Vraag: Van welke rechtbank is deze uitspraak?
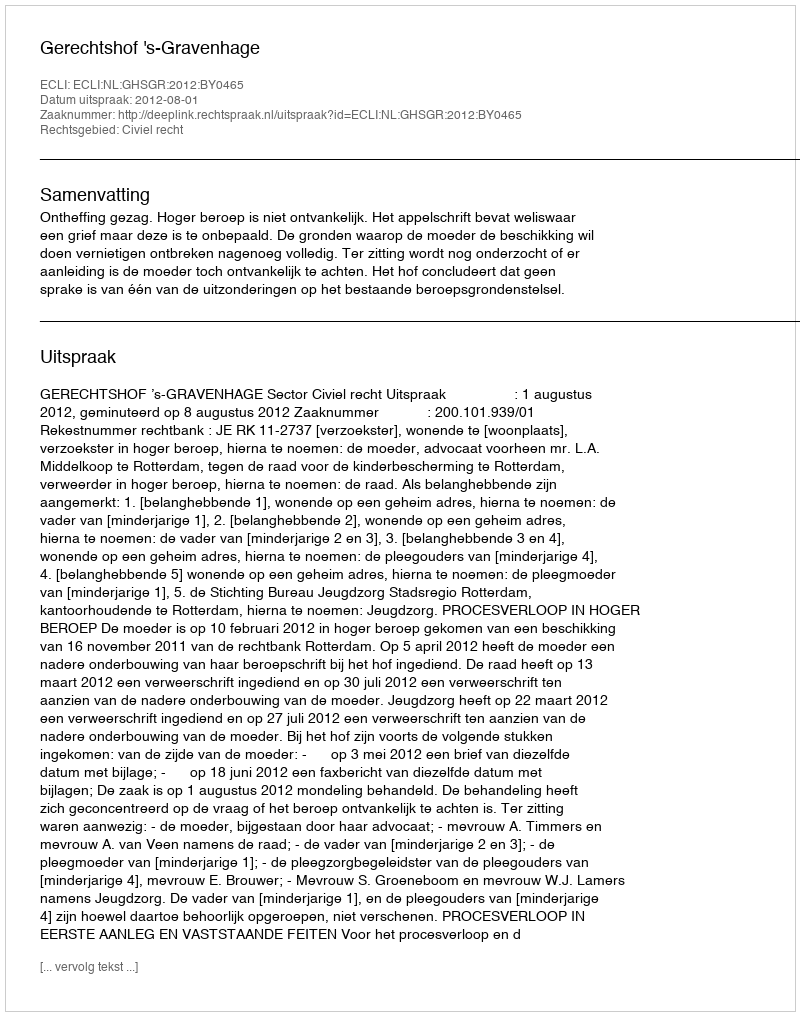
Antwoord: Gerechtshof 's-Gravenhage